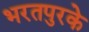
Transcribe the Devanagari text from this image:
भरतपुरके